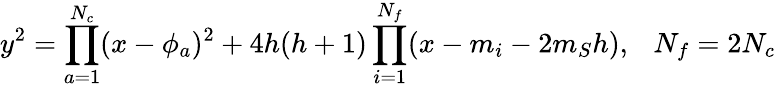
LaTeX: y^{2}=\prod_{a=1}^{N_{c}}(x-\phi_{a})^{2}+4h(h+1)\prod_{i=1}^{N_{f}}(x-m_{i}-2m_{S}h),~~~N_{f}=2N_{c}